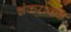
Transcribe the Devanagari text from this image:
शंकराकडे